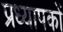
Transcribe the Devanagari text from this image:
प्रध्यापकों